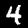
Label: 4